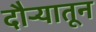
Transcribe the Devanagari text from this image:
दौर्‍यातून